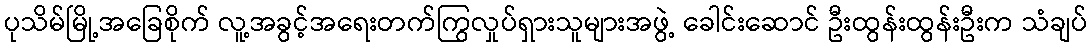
ပုသိမ်မြို့အခြေစိုက် လူ့အခွင့်အရေးတက်ကြွလှုပ်ရှားသူများအဖွဲ့ ခေါင်းဆောင် ဦးထွန်းထွန်းဦးက သံချပ်